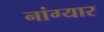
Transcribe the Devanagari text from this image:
नांग्यार